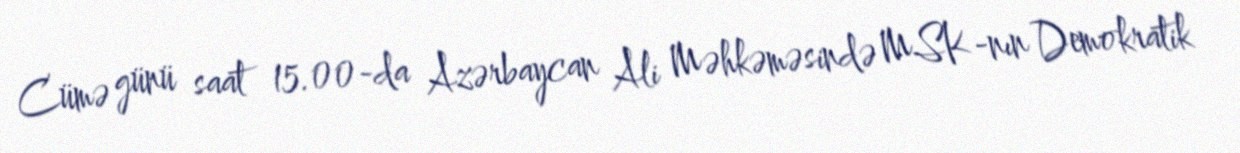
Cümə günü saat 15.00-da Azərbaycan Ali Məhkəməsində MSK-nın Demokratik